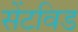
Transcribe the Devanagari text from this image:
सेंटविड